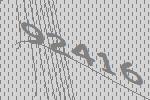
92416